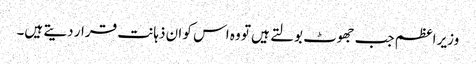
وزیر اعظم جب جھوٹ بولتے ہیں تو وہ اس کو ان ذہانت قرار دیتے ہیں۔